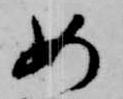
如